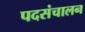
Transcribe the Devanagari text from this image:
पदसंचालन